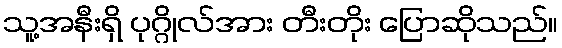
သူ့အနီးရှိ ပုဂ္ဂိုလ်အား တီးတိုး ပြောဆိုသည်။